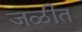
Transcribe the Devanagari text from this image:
जळीत